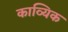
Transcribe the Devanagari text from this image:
काव्यिक